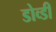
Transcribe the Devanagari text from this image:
डोव्डी